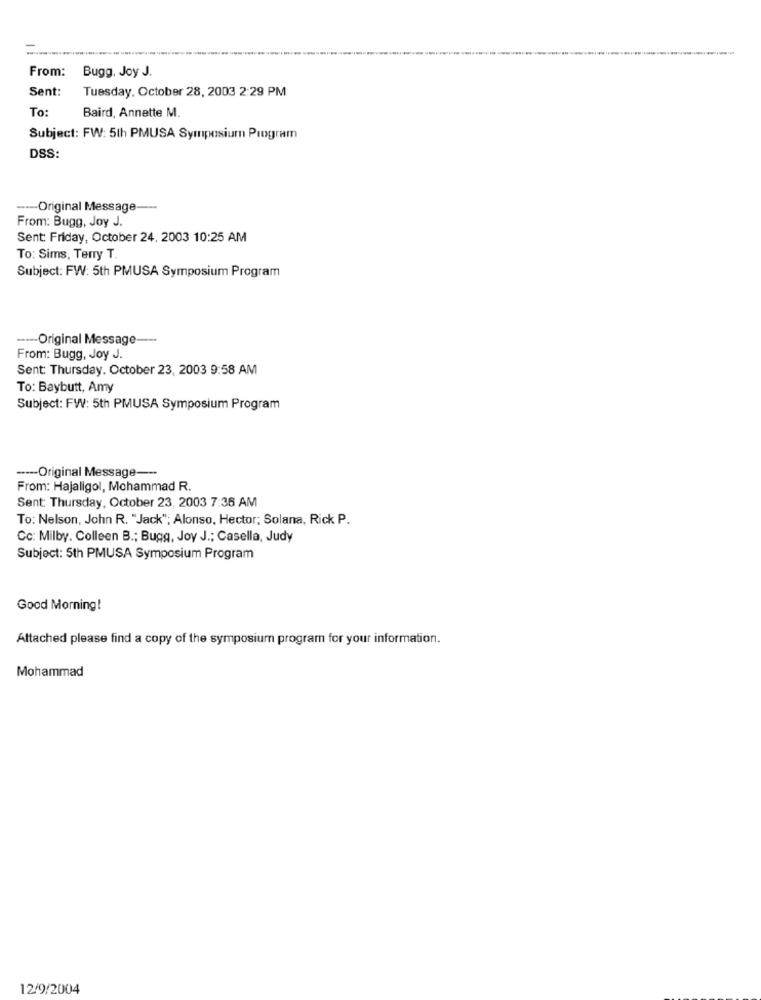
From:
Bugg. Joy J.
Sent:
Tuesday, October 28, 2003 2:29 PM
To:
Baird, Annette M.
Subject: FW: 5th PMUSA Symposium Program
DSS:
----- Original Message
From: Bugg, Joy J.
Sent: Friday, October 24, 2003 10:25 AM
To: Sims, Terry T.
Subject: FW: 5th PMUSA Symposium Program
----- Original Message ---
From: Bugg, Joy J.
Sent: Thursday. October 23, 2003 9:58 AM
To: Baybutt, Amy
Subject: FW: 5th PMUSA Symposium Program
---- Original Message ---
From: Hajaligol, Mohammad R.
Sent: Thursday, October 23, 2003 7:36 AM
To: Nelson, John R. "Jack"; Alonso, Hector; Solana, Rick P.
Cc: Milby. Colleen B .; Bugg, Joy J .; Casella, Judy
Subject: 5th PMUSA Symposium Program
Good Morning!
Attached please find a copy of the symposium program for your information.
Mohammad
12/9/2004